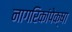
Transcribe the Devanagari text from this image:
नागरिकांपेक्षा